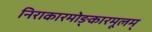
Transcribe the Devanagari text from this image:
निराकारमोङ्कारमूलम्